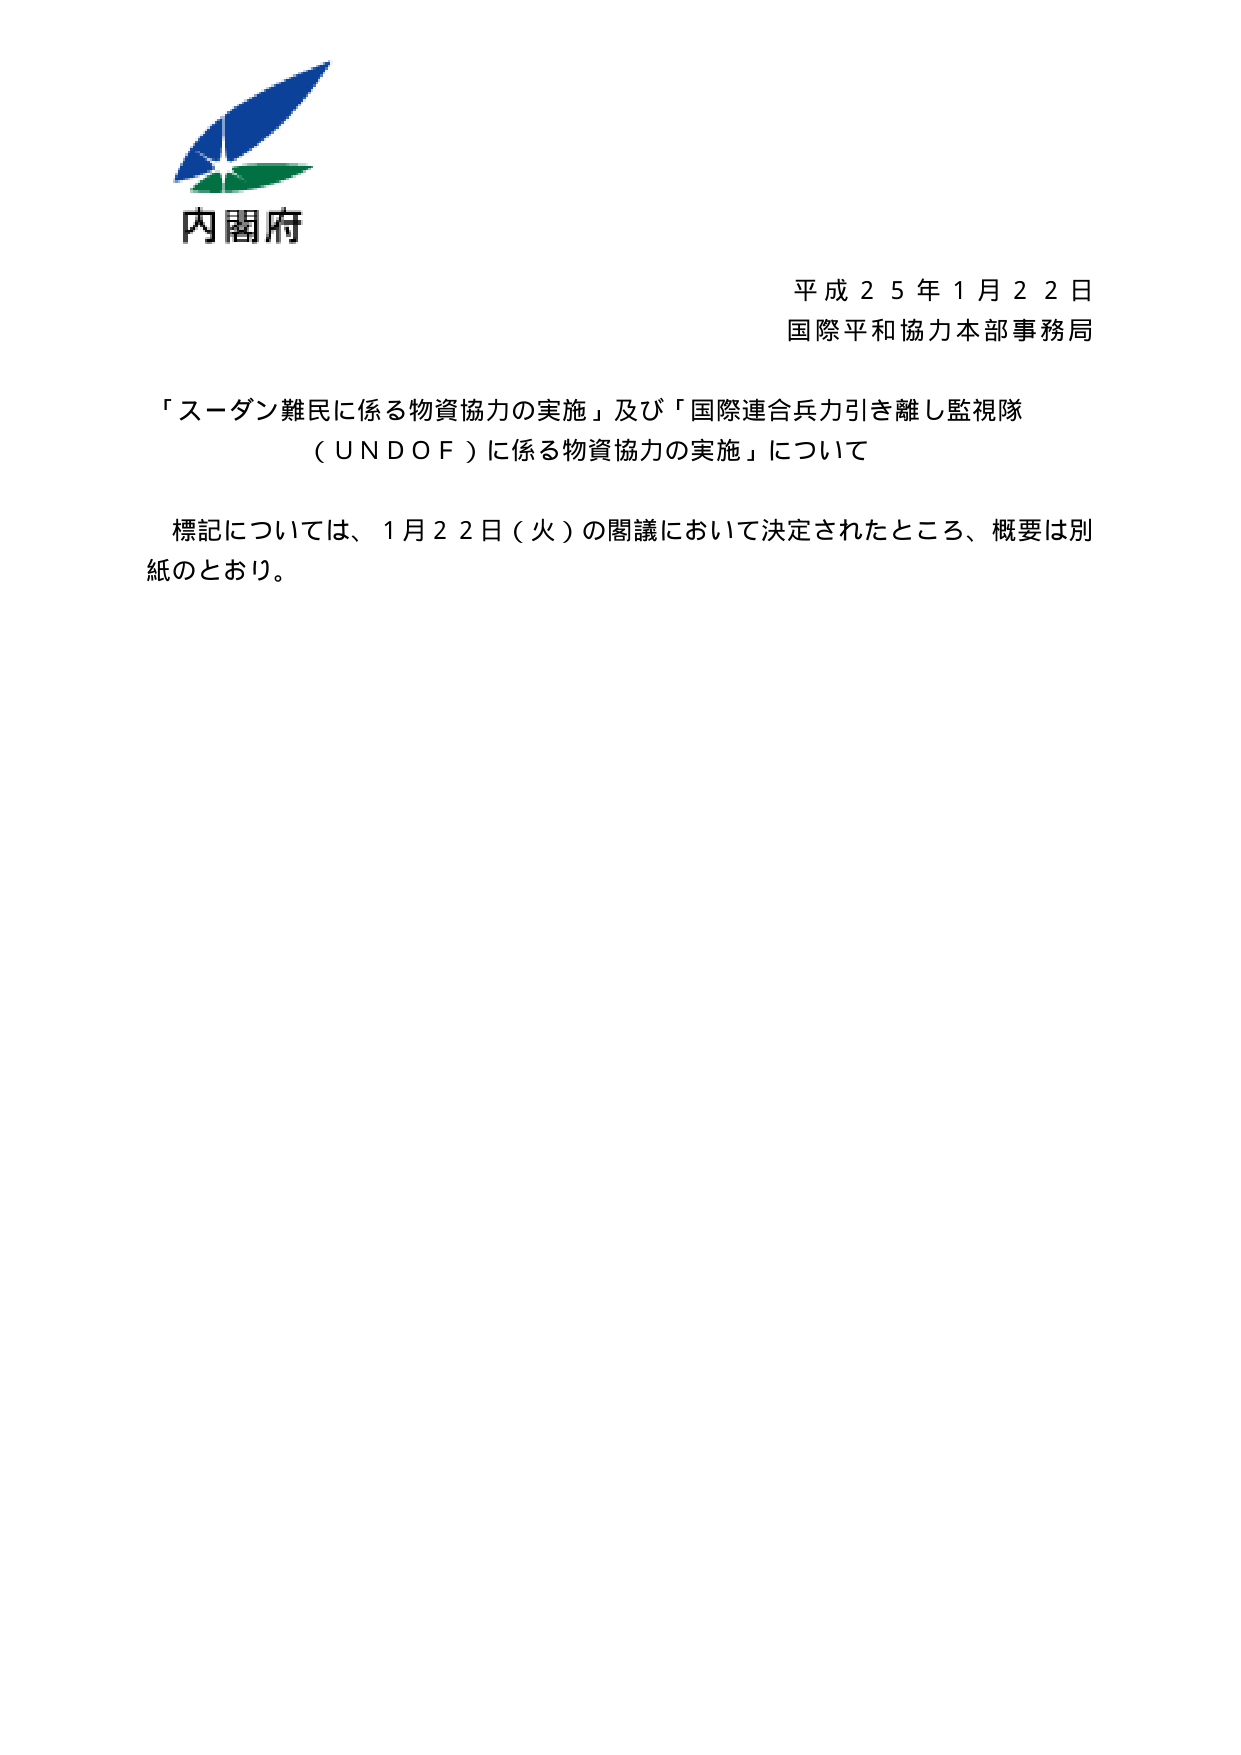
内閣府
平成２５年１月２２日
国際平和協力本部事務局

「スーダン難民に係る物資協力の実施」及び「国際連合兵力引き離し監視隊（ＵＮＤＯＦ）に係る物資協力の実施」について

標記については、１月２２日（火）の閣議において決定されたところ、概要は別紙のとおり。